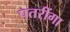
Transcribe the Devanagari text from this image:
पतरींगा